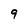
Character: 9